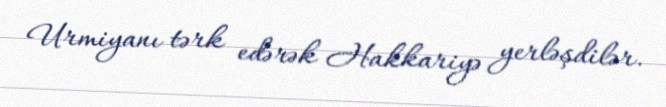
Urmiyanı tərk edərək Hakkariyə yerləşdilər.